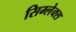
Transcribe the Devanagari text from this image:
सिम्लेक्स